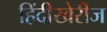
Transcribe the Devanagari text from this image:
हिंदीखेरीज